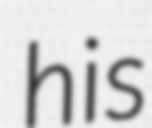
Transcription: his